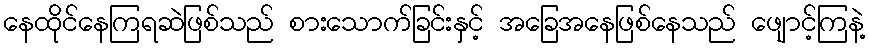
နေထိုင်နေကြရဆဲဖြစ်သည် စားသောက်ခြင်းနှင့် အခြေအနေဖြစ်နေသည် ဖျောင့်ကြနဲ့